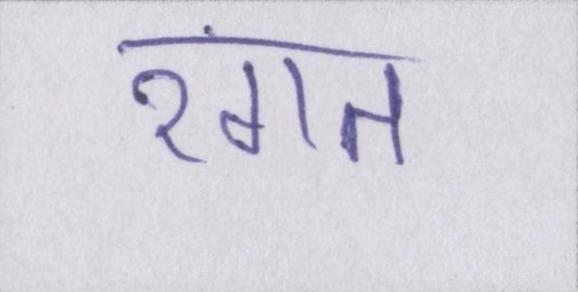
रंगत